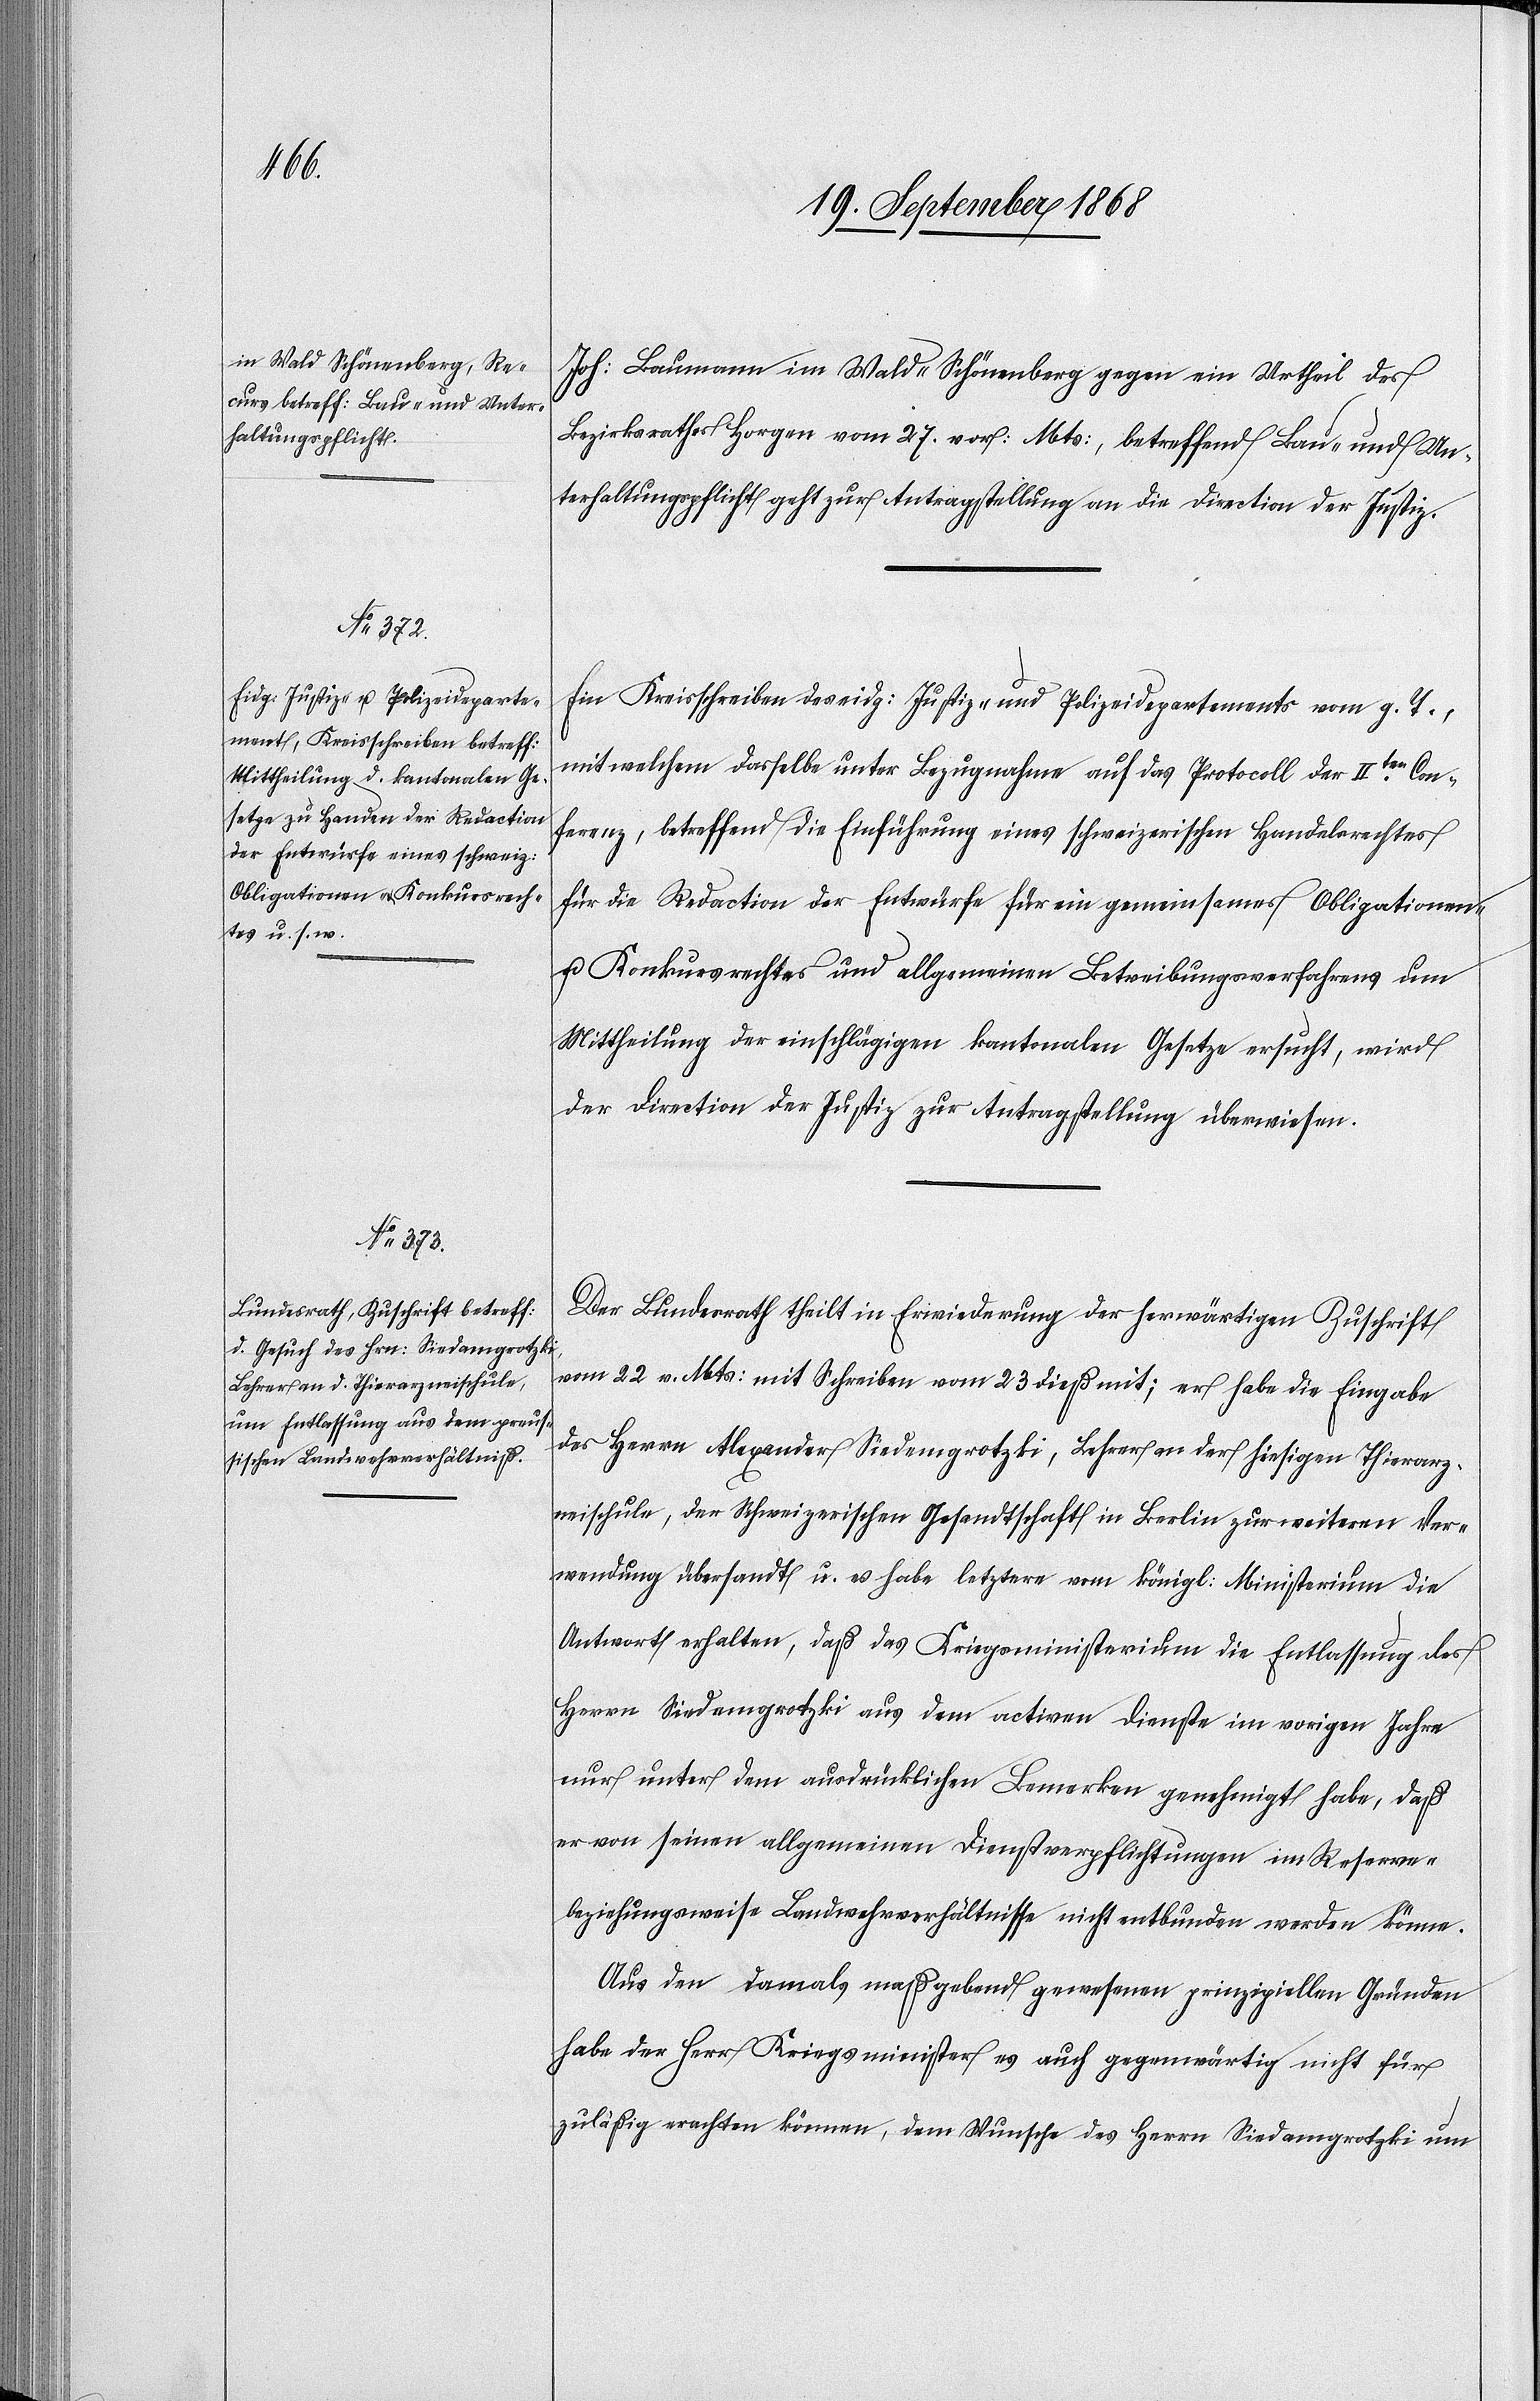
25. September 1868]
Joh: Baumann im Wald - Schönenberg gegen ein Urtheil des
Bezirksrathes Horgen vom 27. vor: Mts:, betreffend Bau- und Un¬
terhaltungspflicht geht zur Antragstellung an die Direction der Justiz.
Ein Kreisschreiben des eidg: Justiz- und Polizeidepartements vom g. T.,
mit welchem dasselbe unter Bezugnahme auf das Protocoll der IIten. Con¬
ferenz, betreffend die Einführung eines schweizerischen Handelsrechtes
für die Redaction der Entwürfe für ein gemeinsames Obligationen-
u. Konkursrechtes und allgemeinen Betreibungsverfahrens um
Mittheilung der einschlägigen kantonalen Gesetze ersucht, wird
der Direction der Justiz zur Antragstellung überwiesen.
Der Bundesrath theilt in Erwiederung der herwärtigen Zuschrift
vom 22 v. Mts: mit Schreiben vom 23 dieß mit: er habe die Eingabe
des Herrn Alexander Siedamgrotzki, Lehrer an der hiesigen Thierarz¬
neischule, der Schweizerischen Gesandtschaft in Berlin zur weiteren Ver¬
wendung übersandt u. es habe letztere vom königl: Ministerium die
Antwort erhalten, daß das Kriegsministerium die Entlassung des
Herrn Siedamgrotzki aus dem activen Dienste im vorigen Jahre
nur unter dem ausdrücklichen Bemerken genehmigt habe, daß
er von seinen allgemeinen Dienstverpflichtungen im Reserve-
beziehungsweise Landwehrverhältnisse nicht entbunden werden könne.
Aus den damals maßgebend gewesenen prinzipiellen Gründen
habe der Herr Kriegsminister es auch gegenwärtig nicht für
zuläßig erachten können, dem Wunsche des Herrn Siedamgrotzki um